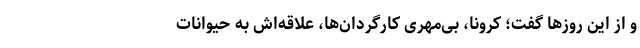
و از این روزها گفت؛ کرونا، بی‌مهری کارگردان‌ها، علاقه‌اش به حیوانات